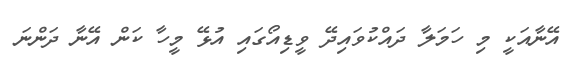
އޭނާއަކީ މި ހަމަލާ ދައްކުވައިދޭ ވީޑިއޯގައި އުޅޭ މީހާ ކަން އޭނާ ދަންނަ